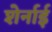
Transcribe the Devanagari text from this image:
शेर्नाई